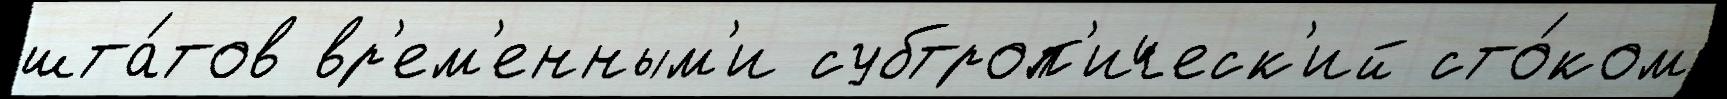
шта́тов вр'ем'енным'и субтроп'ическ'ий сто́ком